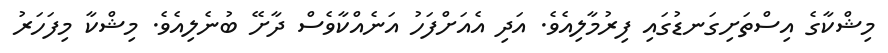
މިޝްކާގެ އިސްތަށިގަނޑުގައި ފިރުމާލިއެވެ. އަދި އެއަށްފަހު އަނެއްކާވެސް ދާށޭ ބުނެލިއެވެ. މިޝްކާ މިފަހަރު